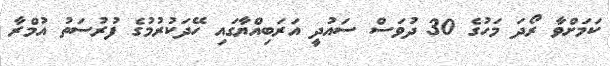
ކަމަށްވާ ރޯދަ މަހުގެ 30 ދުވަސް ސައުދީ އަރަބިއްޔާގައި ހޭދަކުރުމުގެ ފުރުސަތު އުމްރާ